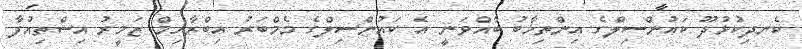
ކެނދިކުޅުދޫ ކައުންސިލްގެ އިންތިޚާބު ބާއްވަނީ އެ ކައުންސިލްގެ މެމްބަރު އިބްރާހިމް ޒަމީރު އިސްތިއުފާ